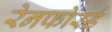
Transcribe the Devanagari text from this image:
रेनफोर्स्ड